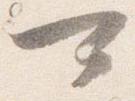
可